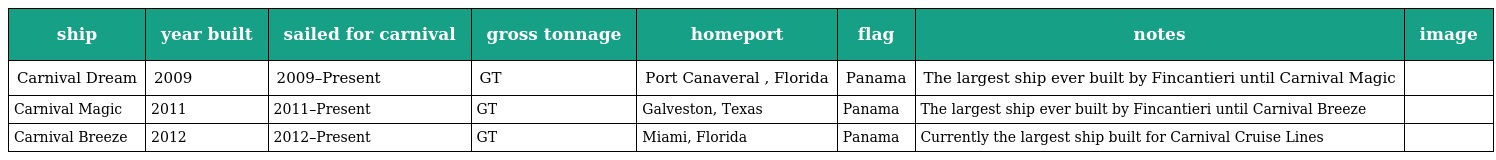
| ship | year built | sailed for carnival | gross tonnage | homeport | flag | notes | image |
 | --- | --- | --- | --- | --- | --- | --- | --- |
 | Carnival Dream | 2009 | 2009–Present | GT | Port Canaveral , Florida | Panama | The largest ship ever built by Fincantieri until Carnival Magic |  |
 | Carnival Magic | 2011 | 2011–Present | GT | Galveston, Texas | Panama | The largest ship ever built by Fincantieri until Carnival Breeze |  |
 | Carnival Breeze | 2012 | 2012–Present | GT | Miami, Florida | Panama | Currently the largest ship built for Carnival Cruise Lines |  |